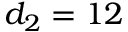
d _ { 2 } = 1 2